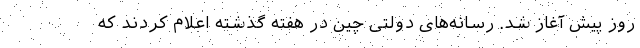
روز پیش آغاز شد. رسانه‌های دولتی چین در هفته گذشته اعلام کردند که